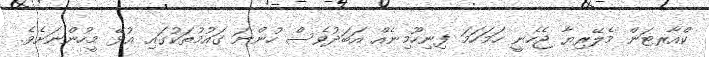
ކްއާރޓަން މެލޭރިޔާ ޖެހެނީ ހަމަހަމަ ފިނިހޫމިނެއް އަބަދުވެސް ހުންނަ ގައުމުތަކުގައި އުޅޭ މީހުންނަށެވެ.